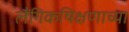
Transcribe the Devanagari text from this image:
लैंगिकषिक्षणाच्या